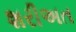
શરીઅત